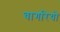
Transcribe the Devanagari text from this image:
वागरियो